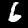
Digit: 6